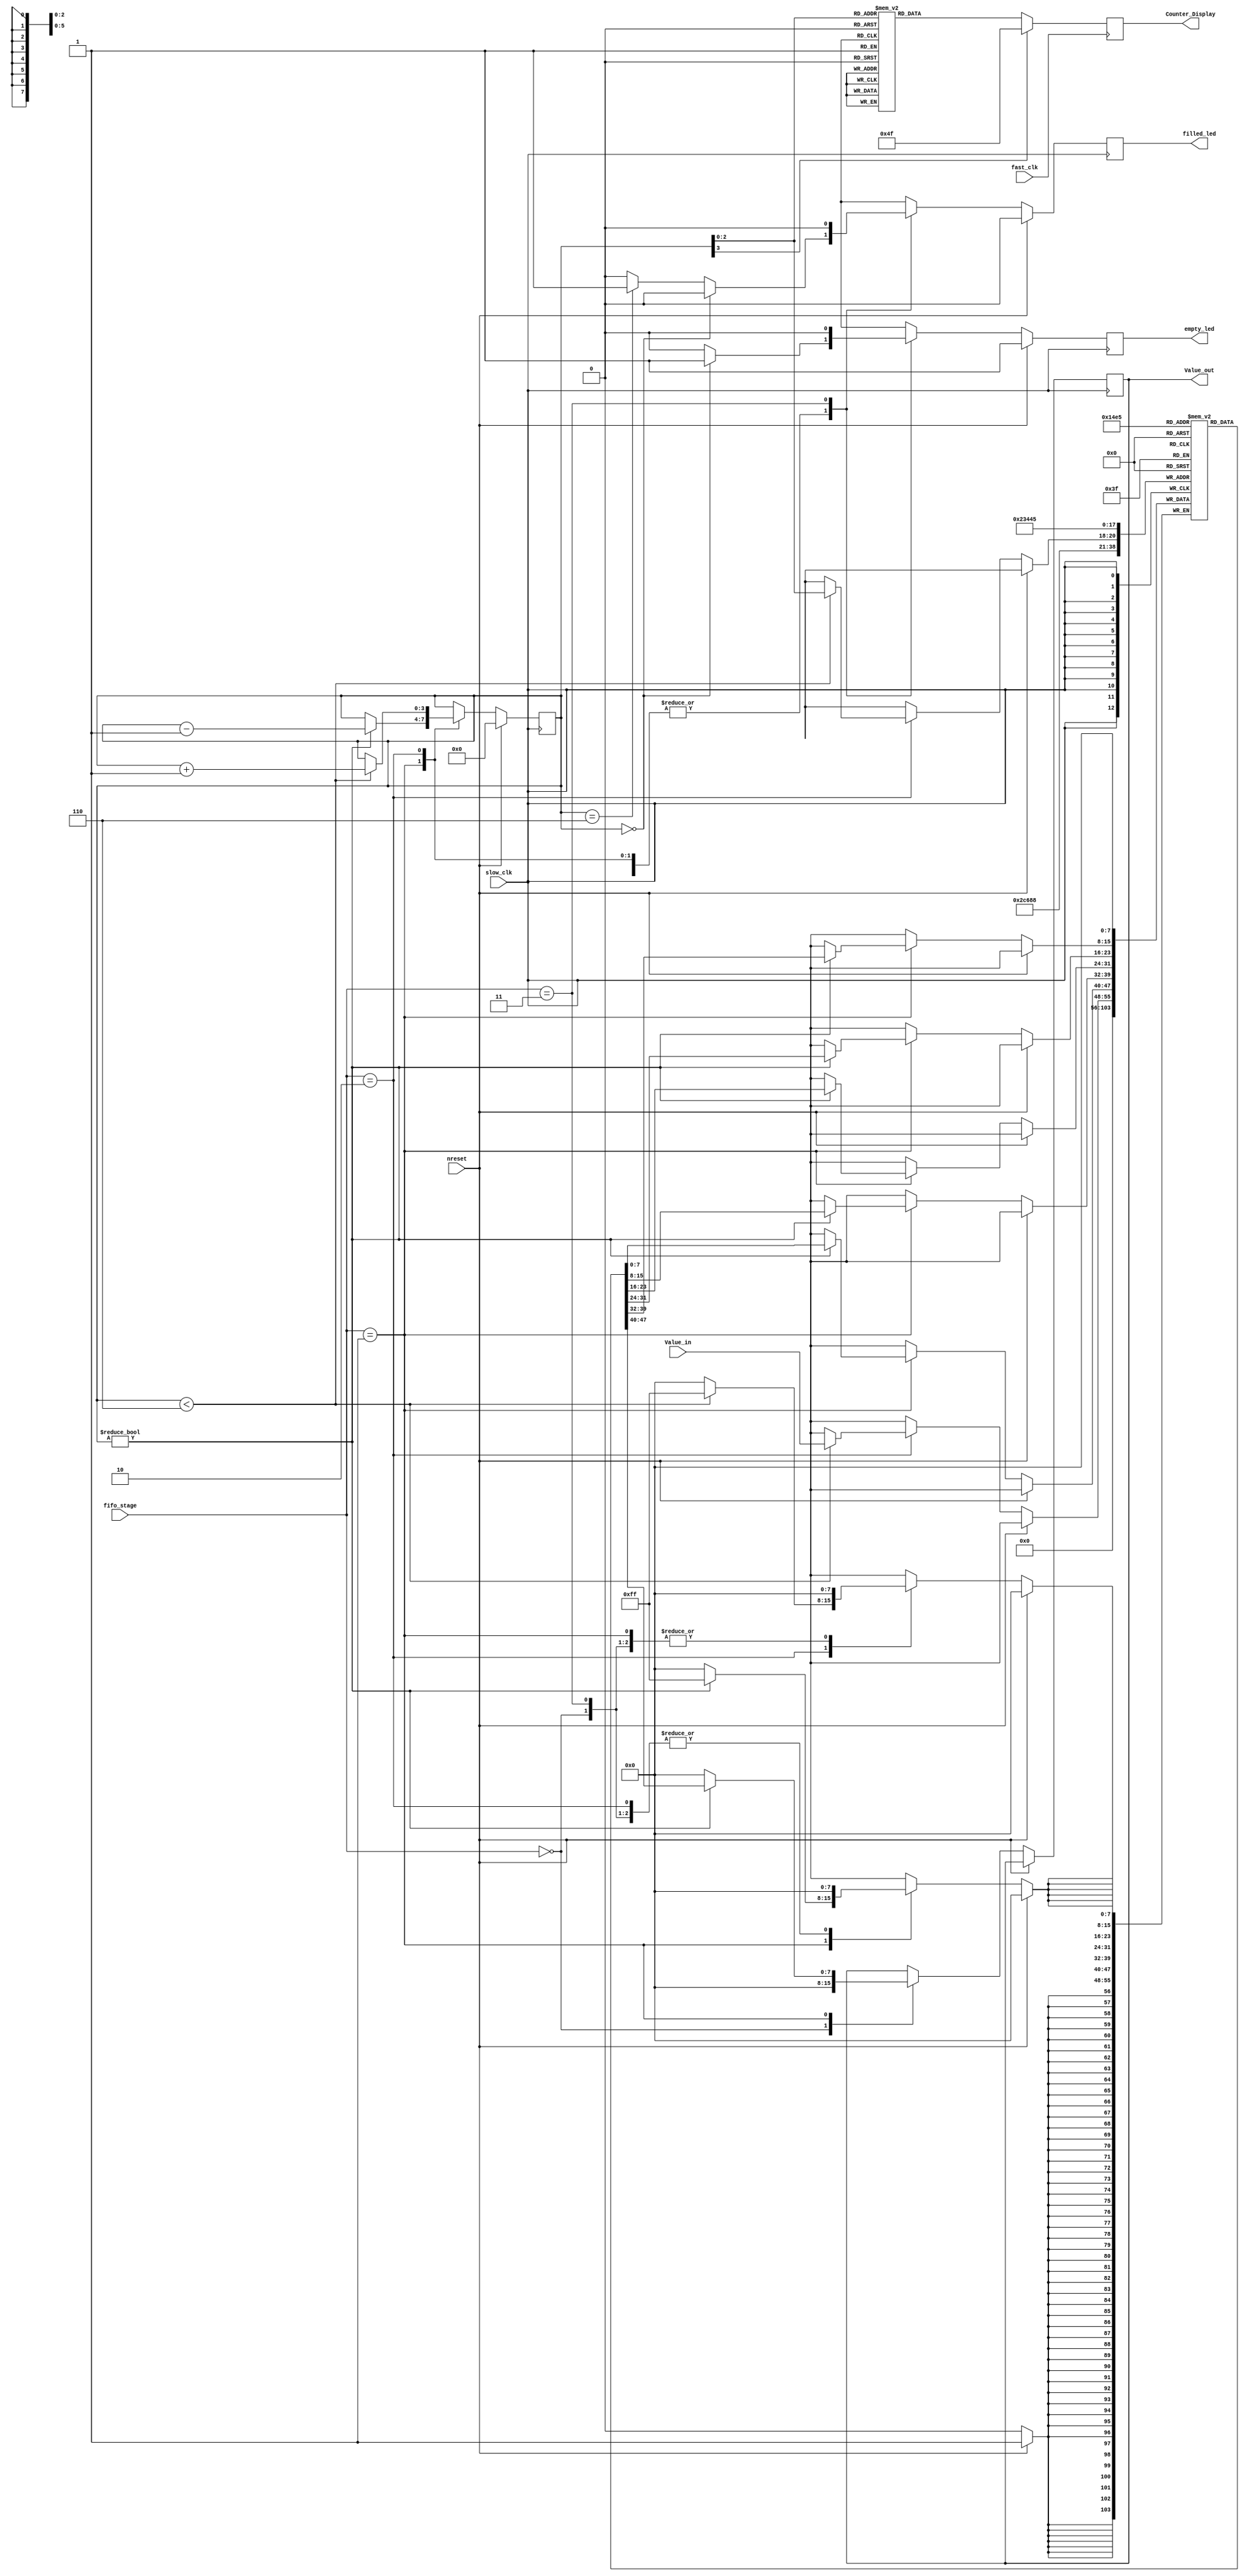


module Fifo_vol_2
#(parameter fifo_size = 6, parameter fifo_bit_len = 8)
(
input       [fifo_bit_len-1:0] Value_in,
output reg  [fifo_bit_len-1:0] Value_out,
input slow_clk,nreset,fast_clk,
output reg  empty_led,filled_led,
output reg [6:0] Counter_Display,

input [1:0]fifo_stage
);

reg [fifo_bit_len-1:0] Value_Bank[fifo_size-1:0];                       // Holds {fifo_size} amount of register which contains {fifo_bit_len} bits
localparam Idle                  =2'b00,
           Reading               =2'b01,
           Writing               =2'b10,
           Reading_Writing       =2'b11;

integer ii = 0;                                                             //For Counting number of inputs 
reg [3:0] counter = 0;

always @(posedge slow_clk) begin
	if(nreset == 0) begin
		 case(fifo_stage) 
			  Idle              :begin  
											empty_filled_check();
											Value_out <= 0;
										end
			  Reading           :begin
											 empty_filled_check();
											 if(counter != 0) begin
											 Value_Bank[fifo_size -1] <= 0;
											 shift_components_to_left();
											 Value_out <= Value_Bank[0];
											 counter <= counter - 1; end 
											 else 
											 Value_out  <= 0;
								 end
			  Writing           :begin 
											 empty_filled_check();
											 if(counter < fifo_size) begin
											 Value_Bank[counter] <= Value_in;
											 counter <= counter + 1; end 
										end
			  Reading_Writing   :begin    
												  filled_led  <= 0;           
												  empty_led   <= 0;                           
								 end
		 endcase
	end  else  begin
            counter     <= 0;
            filled_led  <= 0;           
			empty_led   <= 1;  
             for(ii = 0 ; ii <= fifo_size-1 ; ii = ii +1) begin
                  Value_Bank[ii] <= 0;            //Reseting all the register banks
             end 
	end
end

always  @(posedge fast_clk) begin
    counter_display();	
end


task empty_filled_check();
begin
        if(counter == 0) begin                filled_led  <= 0;           empty_led   <= 1;       end
        else if(counter == fifo_size) begin   filled_led  <= 1;           empty_led   <= 0;       end
        else  begin                      filled_led  <= 0;           empty_led   <= 0;       end
end endtask


task shift_components_to_left();
begin
    for(ii = 0 ; ii <= fifo_size-2 ; ii = ii +1) begin
        Value_Bank[ii] <= Value_Bank[ii +1] ;
    end
    //    Value_Bank[fifo_size -1] <= 0;
end endtask

task shift_components_to_right();
begin
    for(ii = 0 ; ii <= fifo_size-2 ; ii = ii +1) begin
        Value_Bank[ii+1] <= Value_Bank[ii] ;
    end
    //    Value_Bank[0] <= 0;
end endtask


task counter_display(); begin
case(counter)
4'd1:  begin   Counter_Display <= 7'h79;     end
4'd2:  begin   Counter_Display <= 7'h24;     end
4'd3:  begin   Counter_Display <= 7'h30;     end
4'd4:  begin   Counter_Display <= 7'h19;     end
4'd5:  begin   Counter_Display <= 7'h12;     end 
4'd6:  begin   Counter_Display <= 7'h2;      end 
4'd7:  begin   Counter_Display <= 7'h78;     end 
4'd0:  begin   Counter_Display <= 7'h40;     end 
default:begin  Counter_Display <= 7'h4f;     end 
endcase
end endtask


endmodule